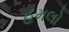
હમલો